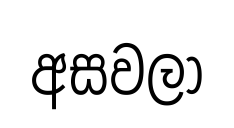
අසවලා